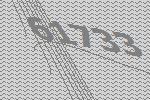
61733